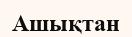
Ашықтан